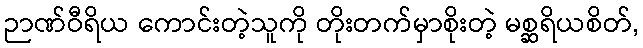
ဉာဏ်ဝီရိယ ကောင်းတဲ့သူကို တိုးတက်မှာစိုးတဲ့ မစ္ဆရိယစိတ်,